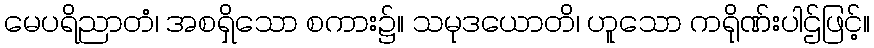
မေပရိညာတံ၊ အစရှိသော စကား၌။ သမုဒယောတိ၊ ဟူသော ကရိုဏ်းပါဌ်ဖြင့်။